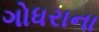
ગોધરાના